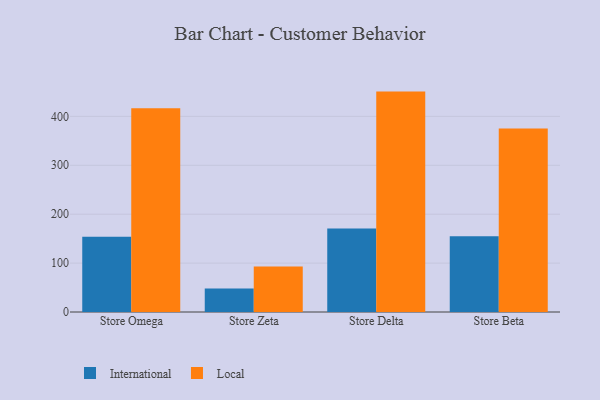
{"axis": {"x": "Store", "y": "Demand Index"}, "legend": ["International", "Local"], "data": [{"x": "Store Omega", "y": 153.7, "type": "International"}, {"x": "Store Omega", "y": 416.7, "type": "Local"}, {"x": "Store Zeta", "y": 48.0, "type": "International"}, {"x": "Store Zeta", "y": 93.1, "type": "Local"}, {"x": "Store Delta", "y": 170.5, "type": "International"}, {"x": "Store Delta", "y": 450.7, "type": "Local"}, {"x": "Store Beta", "y": 154.7, "type": "International"}, {"x": "Store Beta", "y": 375.2, "type": "Local"}]}